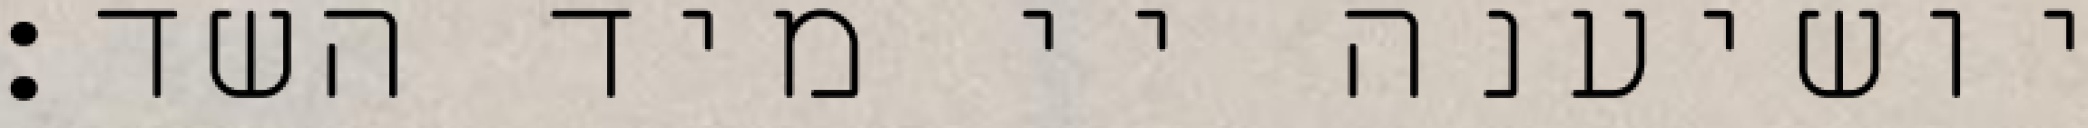
יושיענה יי מיד השד: